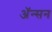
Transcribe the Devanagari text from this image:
अॅन्सन